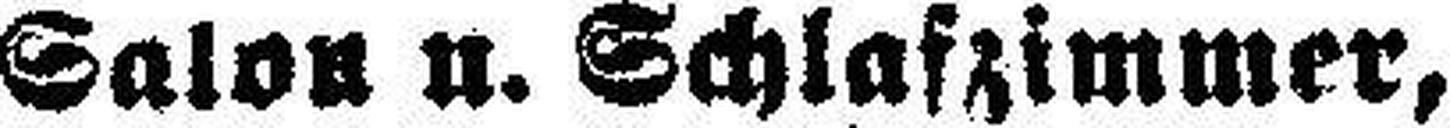
Salon u. Schlafzimmer,